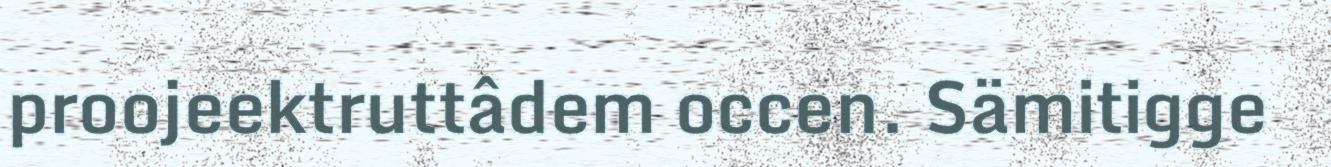
proojeektruttâdem occen. Sämitigge